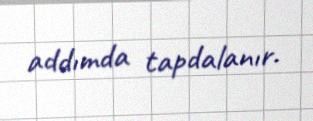
addımda tapdalanır.